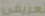
تعريفي